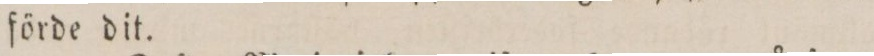
förde dit.